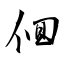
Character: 佪